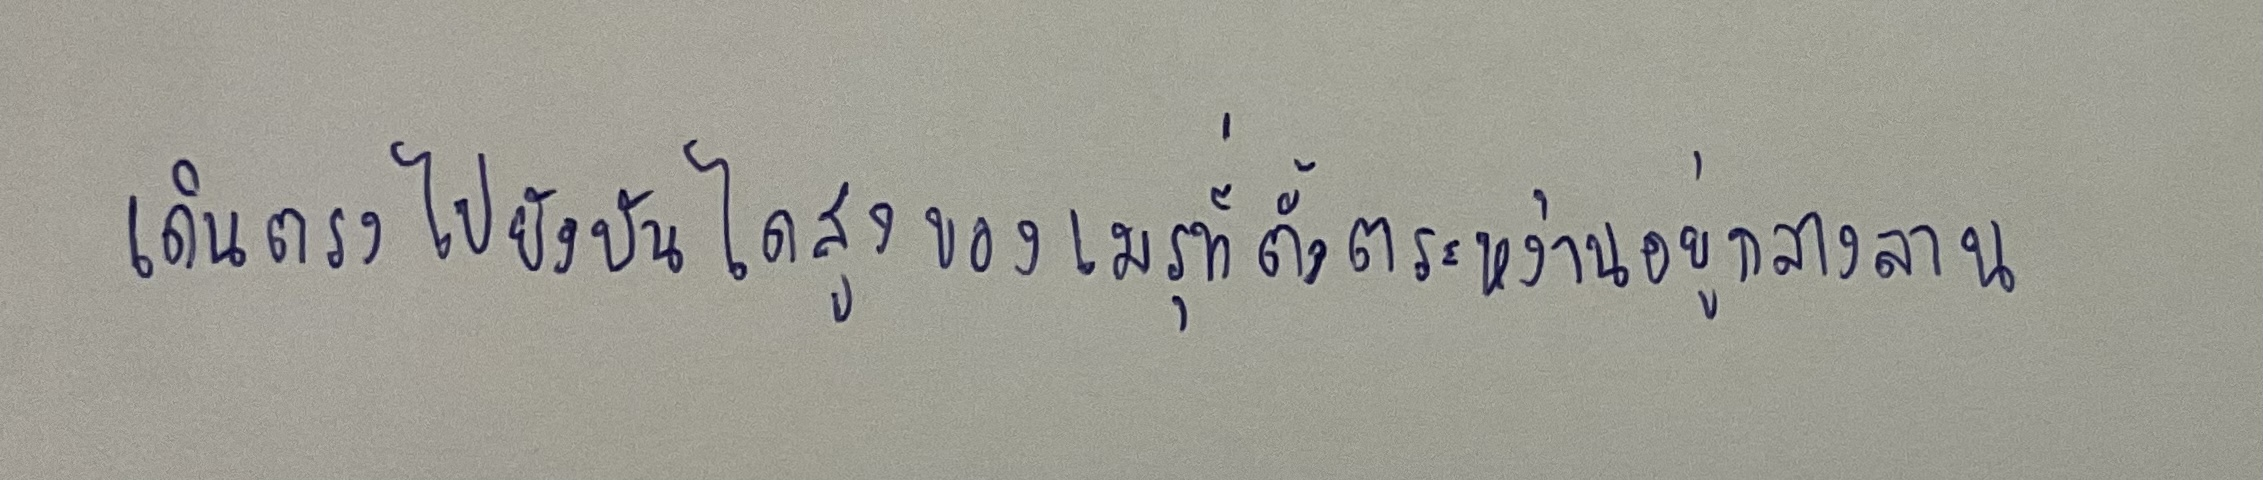
เดินตรงไปยังบันไดสูงของเมรุที่ตั้งตระหง่านอยู่กลางลาน